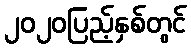
၂၀၂၀ပြည့်နှစ်တွင်